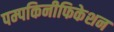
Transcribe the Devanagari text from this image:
पम्पकिनीफिकेशन